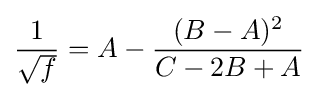
{\frac {1}{\sqrt {f}}}=A-{\frac {(B-A)^{2}}{C-2B+A}}